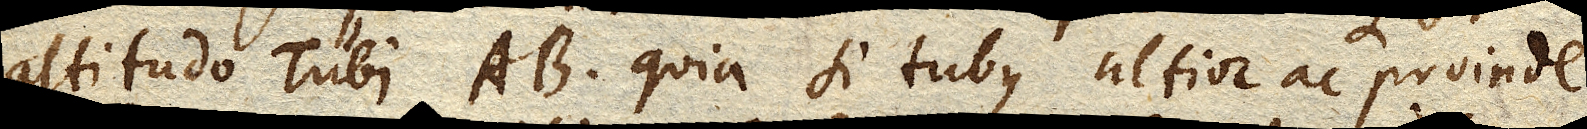
altitudo Tubi AB quia si tubus altior ac proinde